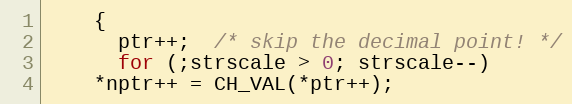
Language: C++
    {
      ptr++;  /* skip the decimal point! */
      for (;strscale > 0; strscale--)
	*nptr++ = CH_VAL(*ptr++);